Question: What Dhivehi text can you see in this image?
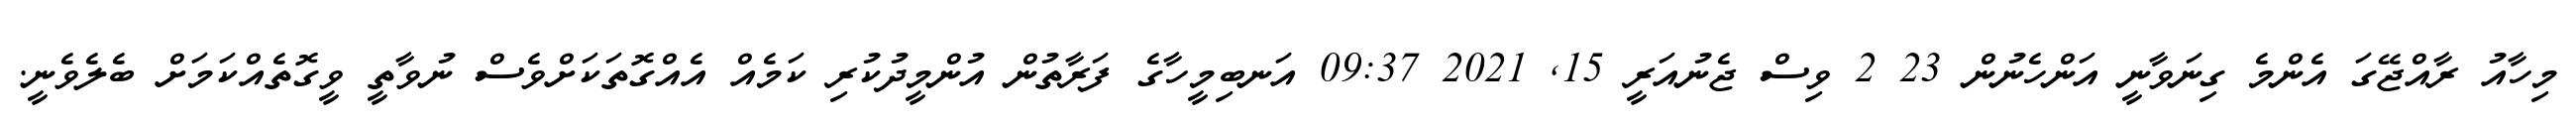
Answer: މިހާއު ރާއްޖޭގަ އެންމެ ގިނަވާނީ އަންހެނުން 23 2 ވިސް ޖެނުއަރީ 15, 2021 09:37 އަނބިމީހާގެ ފަރާތުން އުންމީދުކުރި ކަމެއް އެއްގޮތަކަށްވެސް ނުވާތީ ވީގޮތެއްކަމަށް ބެލެވެނީ.